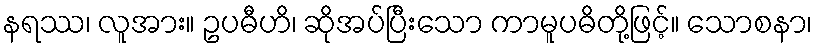
နရဿ၊ လူအား။ ဥပဓီဟိ၊ ဆိုအပ်ပြီးသော ကာမူပဓိတို့ဖြင့်။ သောစနာ၊